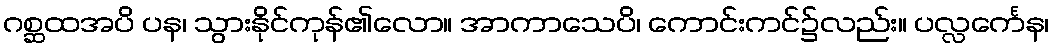
ဂစ္ဆထအပိ ပန၊ သွားနိုင်ကုန်၏လော။ အာကာသေပိ၊ ကောင်းကင်၌လည်း။ ပလ္လင်္ကေန၊